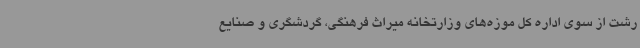
رشت از سوی اداره کل موزه‌های وزارتخانه میراث فرهنگی، گردشگری و صنایع